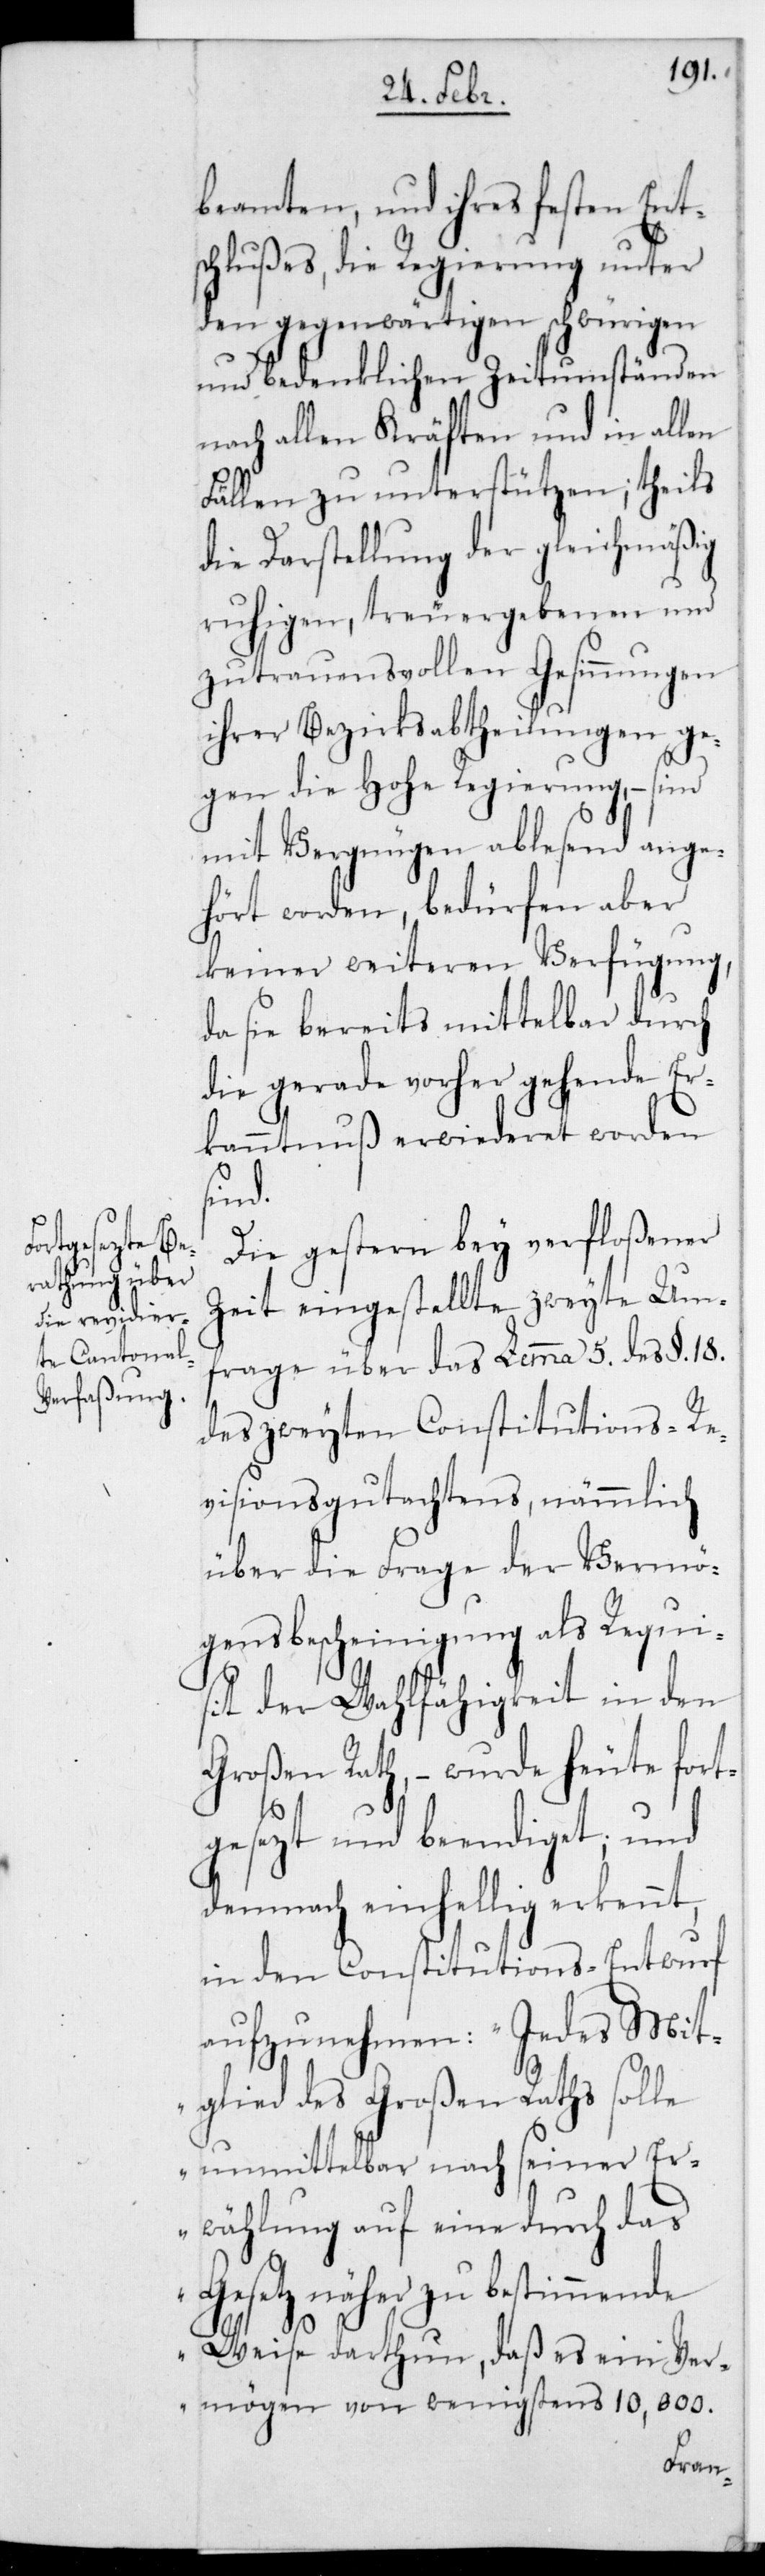
eit in den

beamten, und ihres festen Ent¬
schlußes, die Regierung unter
den gegenwärtigen schwürigen
und bedenklichen Zeitumständen
nach allen Kräften und in allen
Fällen zu unterstützen; theils
die Darstellung der gleichmäßig
ruhigen, treu ergebenen und
zutrauensvollen Gesinnungen
ihrer Bezirksabtheilungen ge¬
gen die Hohe Regierung, – sind
mit Vergnügen ablesend ange¬
hört worden, bedürfen aber
keiner weiteren Verfügung,
da sie bereits mittelbar durch
die gerade vorher gehende Er¬
kanntnuß erwideret worden
sind.
Die gestern bey verfloßener
Zeit eingestellte zweyte Um¬
frage über das Lemma 5. des §. 18.
des zweyten Constitutions-Re¬
visions-Gutachtens, nämmlich
über die Frage der Vermö¬
gensbescheinigung als Requi¬
Großen Rath, – wurde heute fort¬
gesezt und beendiget; und
demnach einhellig erkennt,
in den Constitutions-Entwurf
aufzunehmen: „Jedes Mit¬
glied des Großen Raths solle
unmittelbar nach seiner Er¬
wählung auf eine durch das
Gesetz näher zu bestimmende
Weise dartun, daß es ein Ver¬
mögen von wenigstens 10,000.